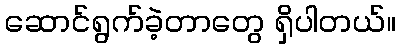
ဆောင်ရွက်ခဲ့တာတွေ ရှိပါတယ်။